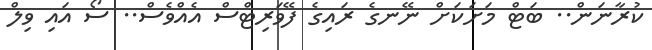
ކުރާނަން.. ބަޓް މަށަކަށް ނޭނގެ ރައިގެ ފޭވަރިޓްސް އެއްވެސް.. ސޯ އައި ވިލް